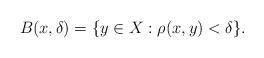
LaTeX: \begin{align*}B(x,\delta)=\{y\in X:\rho(x,y)<\delta\}.\end{align*}